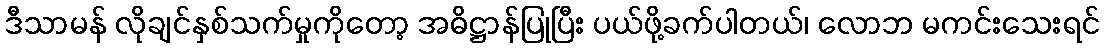
ဒီသာမန် လိုချင်နှစ်သက်မှုကိုတော့ အဓိဋ္ဌာန်ပြုပြီး ပယ်ဖို့ခက်ပါတယ်၊ လောဘ မကင်းသေးရင်